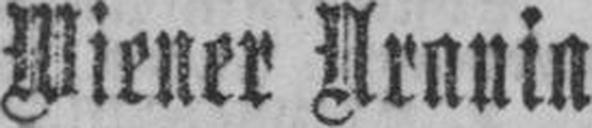
Wiener Aranin